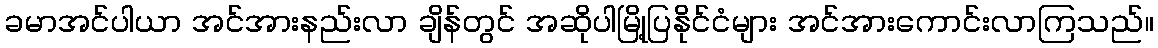
ခမာအင်ပါယာ အင်အားနည်းလာ ချိန်တွင် အဆိုပါမြို့ပြနိုင်ငံများ အင်အားကောင်းလာကြသည်။